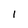
Character: l